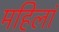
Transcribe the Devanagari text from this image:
महिलां